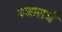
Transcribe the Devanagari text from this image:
स्वतार्त्र